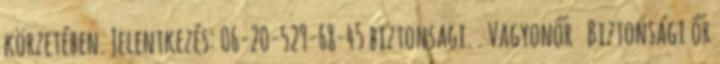
körzetében. Jelentkezés: 06-20-529-68-45 biztonsagi. . Vagyonőr Biztonsági őr